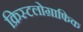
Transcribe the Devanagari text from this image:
क्रिस्टलोग्राफिक